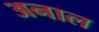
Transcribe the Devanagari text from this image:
अनाल